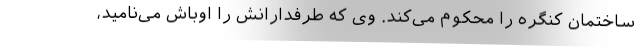
ساختمان کنگره را محکوم می‌کند. وی که طرفدارانش را اوباش می‌نامید،